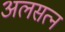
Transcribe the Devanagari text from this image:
अलसत्न